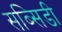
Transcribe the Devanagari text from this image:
सब्‍सिडी